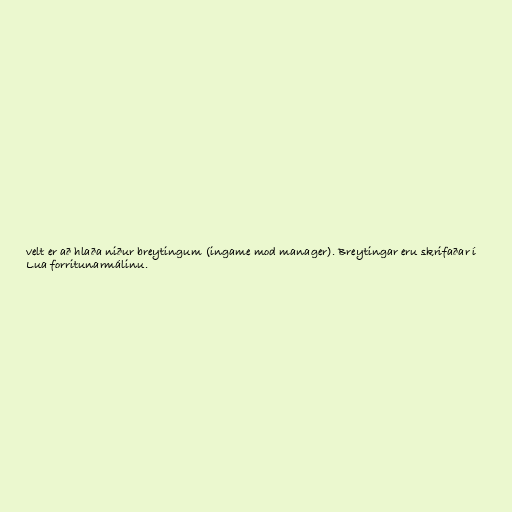
velt er að hlaða niður breytingum (ingame mod manager). Breytingar eru skrifaðar í
Lua forritunarmálinu.